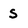
Character: s